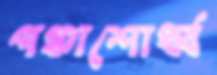
পঞ্চাশোর্ধ্ব